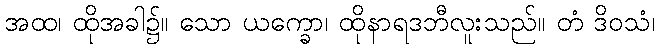
အထ၊ ထိုအခါ၌။ သော ယက္ခော၊ ထိုနာရဒဘီလူးသည်။ တံ ဒိဝသံ၊